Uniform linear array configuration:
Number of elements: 16
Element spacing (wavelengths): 0.75
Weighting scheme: cosine
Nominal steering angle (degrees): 60
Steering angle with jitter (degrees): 59.691
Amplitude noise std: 0.05
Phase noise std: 0.05

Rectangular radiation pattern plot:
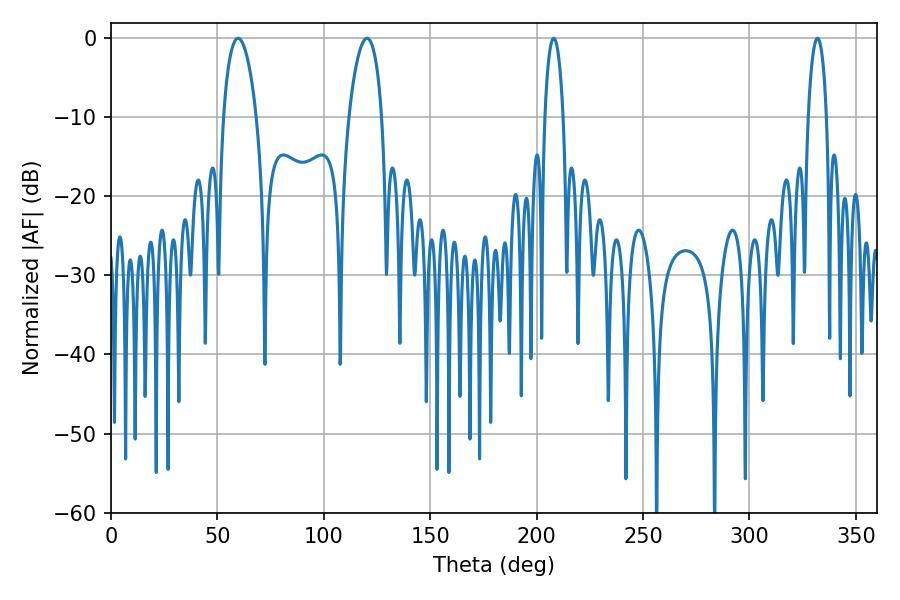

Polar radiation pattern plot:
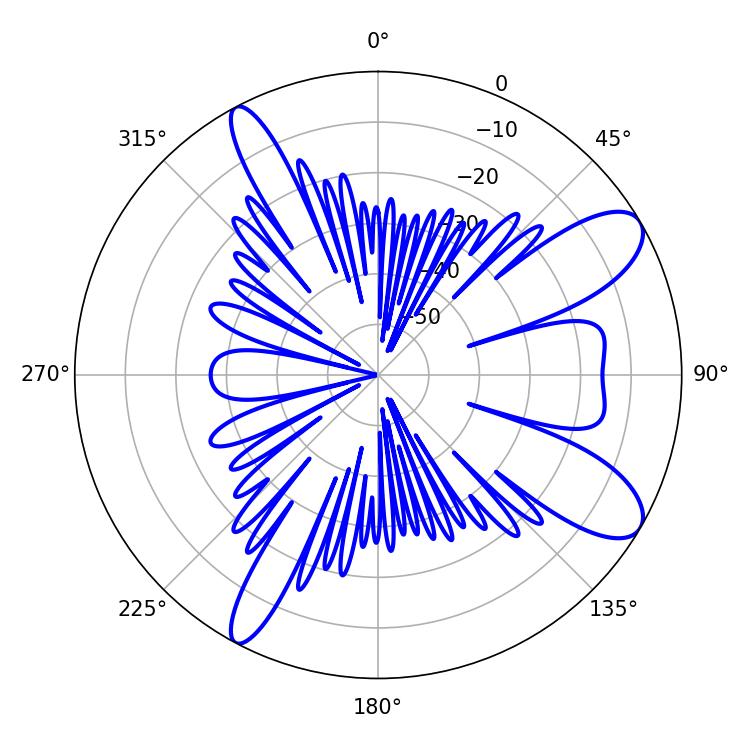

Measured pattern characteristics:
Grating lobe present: TRUE
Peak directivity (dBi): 9.858
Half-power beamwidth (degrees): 8.82
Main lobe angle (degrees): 59.76